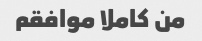
من کاملا موافقم